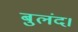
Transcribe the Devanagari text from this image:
बुलंद।